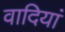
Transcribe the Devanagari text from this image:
वादियां